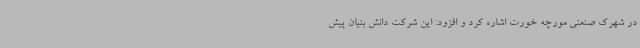
در شهرک صنعتی مورچه خورت اشاره کرد و افزود: این شرکت دانش بنیان پیش